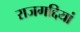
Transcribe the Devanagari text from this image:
राजगद्दियां